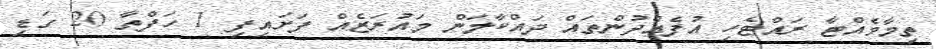
ތިމާވެއްޓާ ރައްޓެހި އުފެއްދުންތައް ދައްކާލަން މައުރަޒެއް ފަށައިފި 1 ހަފްތާ 20 ގަޑި